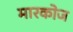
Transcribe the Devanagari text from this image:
मारकोज